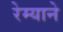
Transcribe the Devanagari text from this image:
रेम्याने